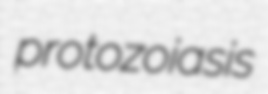
protozoiasis